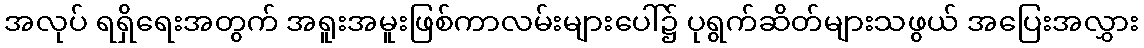
အလုပ် ရရှိရေးအတွက် အရူးအမူးဖြစ်ကာလမ်းများပေါ်၌ ပုရွက်ဆိတ်များသဖွယ် အပြေးအလွှား